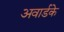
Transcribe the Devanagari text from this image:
अवार्डके